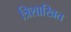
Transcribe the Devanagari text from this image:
त्रिशाखित